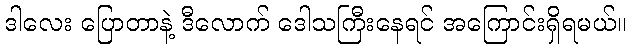
ဒါလေး ပြောတာနဲ့ ဒီလောက် ဒေါသကြီးနေရင် အကြောင်းရှိရမယ်။